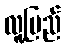
လူ့ပြည်